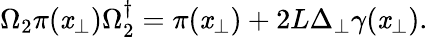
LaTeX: \Omega_{2}\pi(\mathit{x}_{\perp})\Omega_{2}^{\dagger}=\pi(\mathit{x}_{\perp})+{2L}\Delta_{\perp}\gamma(\mathit{x}_{\perp}).